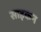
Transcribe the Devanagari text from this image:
साइकन